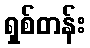
ရှစ်တန်း